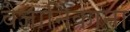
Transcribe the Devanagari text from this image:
वैज्ञानिकाना